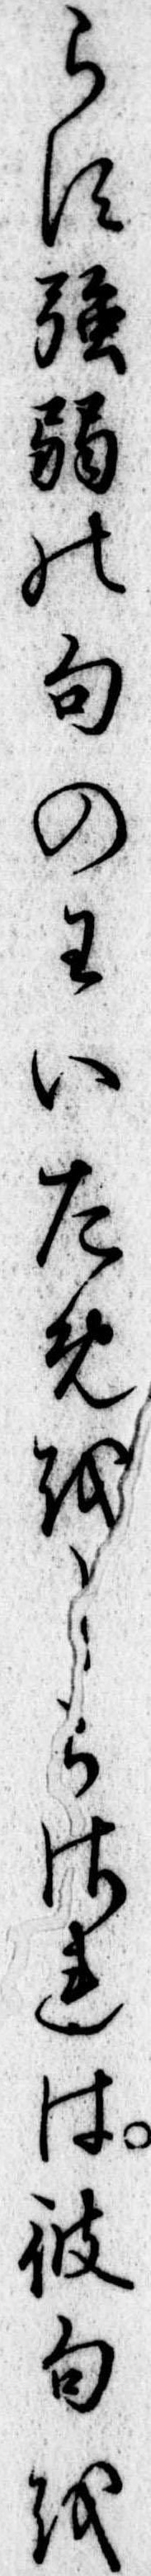
らす強弱の句のわいためをしらされは彼句を